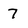
Character: 7